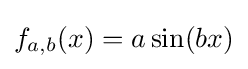
f_{a,b}(x)=a\sin(bx)